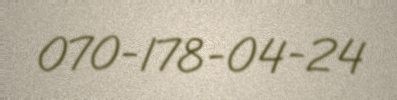
070-178-04-24